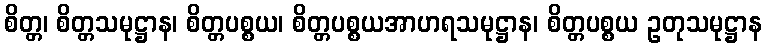
စိတ္တ၊ စိတ္တသမုဋ္ဌာန၊ စိတ္တပစ္စယ၊ စိတ္တပစ္စယအာဟရသမုဋ္ဌာန၊ စိတ္တပစ္စယ ဥတုသမုဋ္ဌာန